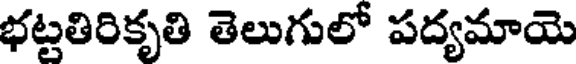
భట్టతిరికృతి తెలుగులో పద్యమాయె